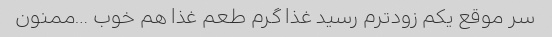
سر موقع یکم زودترم رسید غذا گرم طعم غذا هم خوب …ممنون